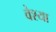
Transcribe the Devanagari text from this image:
वेश्‍या